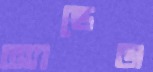
অ্যান্ডেজ